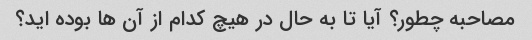
مصاحبه چطور؟ آیا تا به حال در هیچ کدام از آن ها بوده اید؟